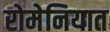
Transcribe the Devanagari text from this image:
रोमेनियात